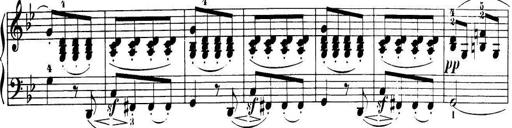
Title: 32 Sonatinas and Rondos for the Piano
Composer: Richard Kleinmichel